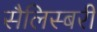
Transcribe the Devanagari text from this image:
सैलिस्बरी